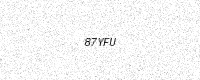
Text: 87YFU